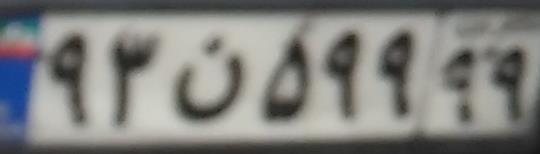
۹۳ن۵۹۹۹۹